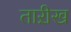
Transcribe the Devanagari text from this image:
ताऱीख